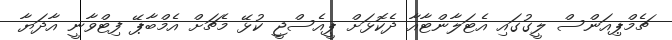
ޗެމްޕިއަންސް ލީގުގައި އެޓަލާންޓާއާ ދެކޮޅަށް ޕީއެސްޖީ ކުޅޭ މެޗަށް އެމްބާޕޭ ފިޓްވާނީ އާދަޔާ